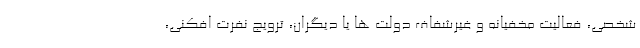
شخصی، فعالیت مخفیانه و غیرشفاف دولت ها یا دیگران، ترویج نفرت افکنی،